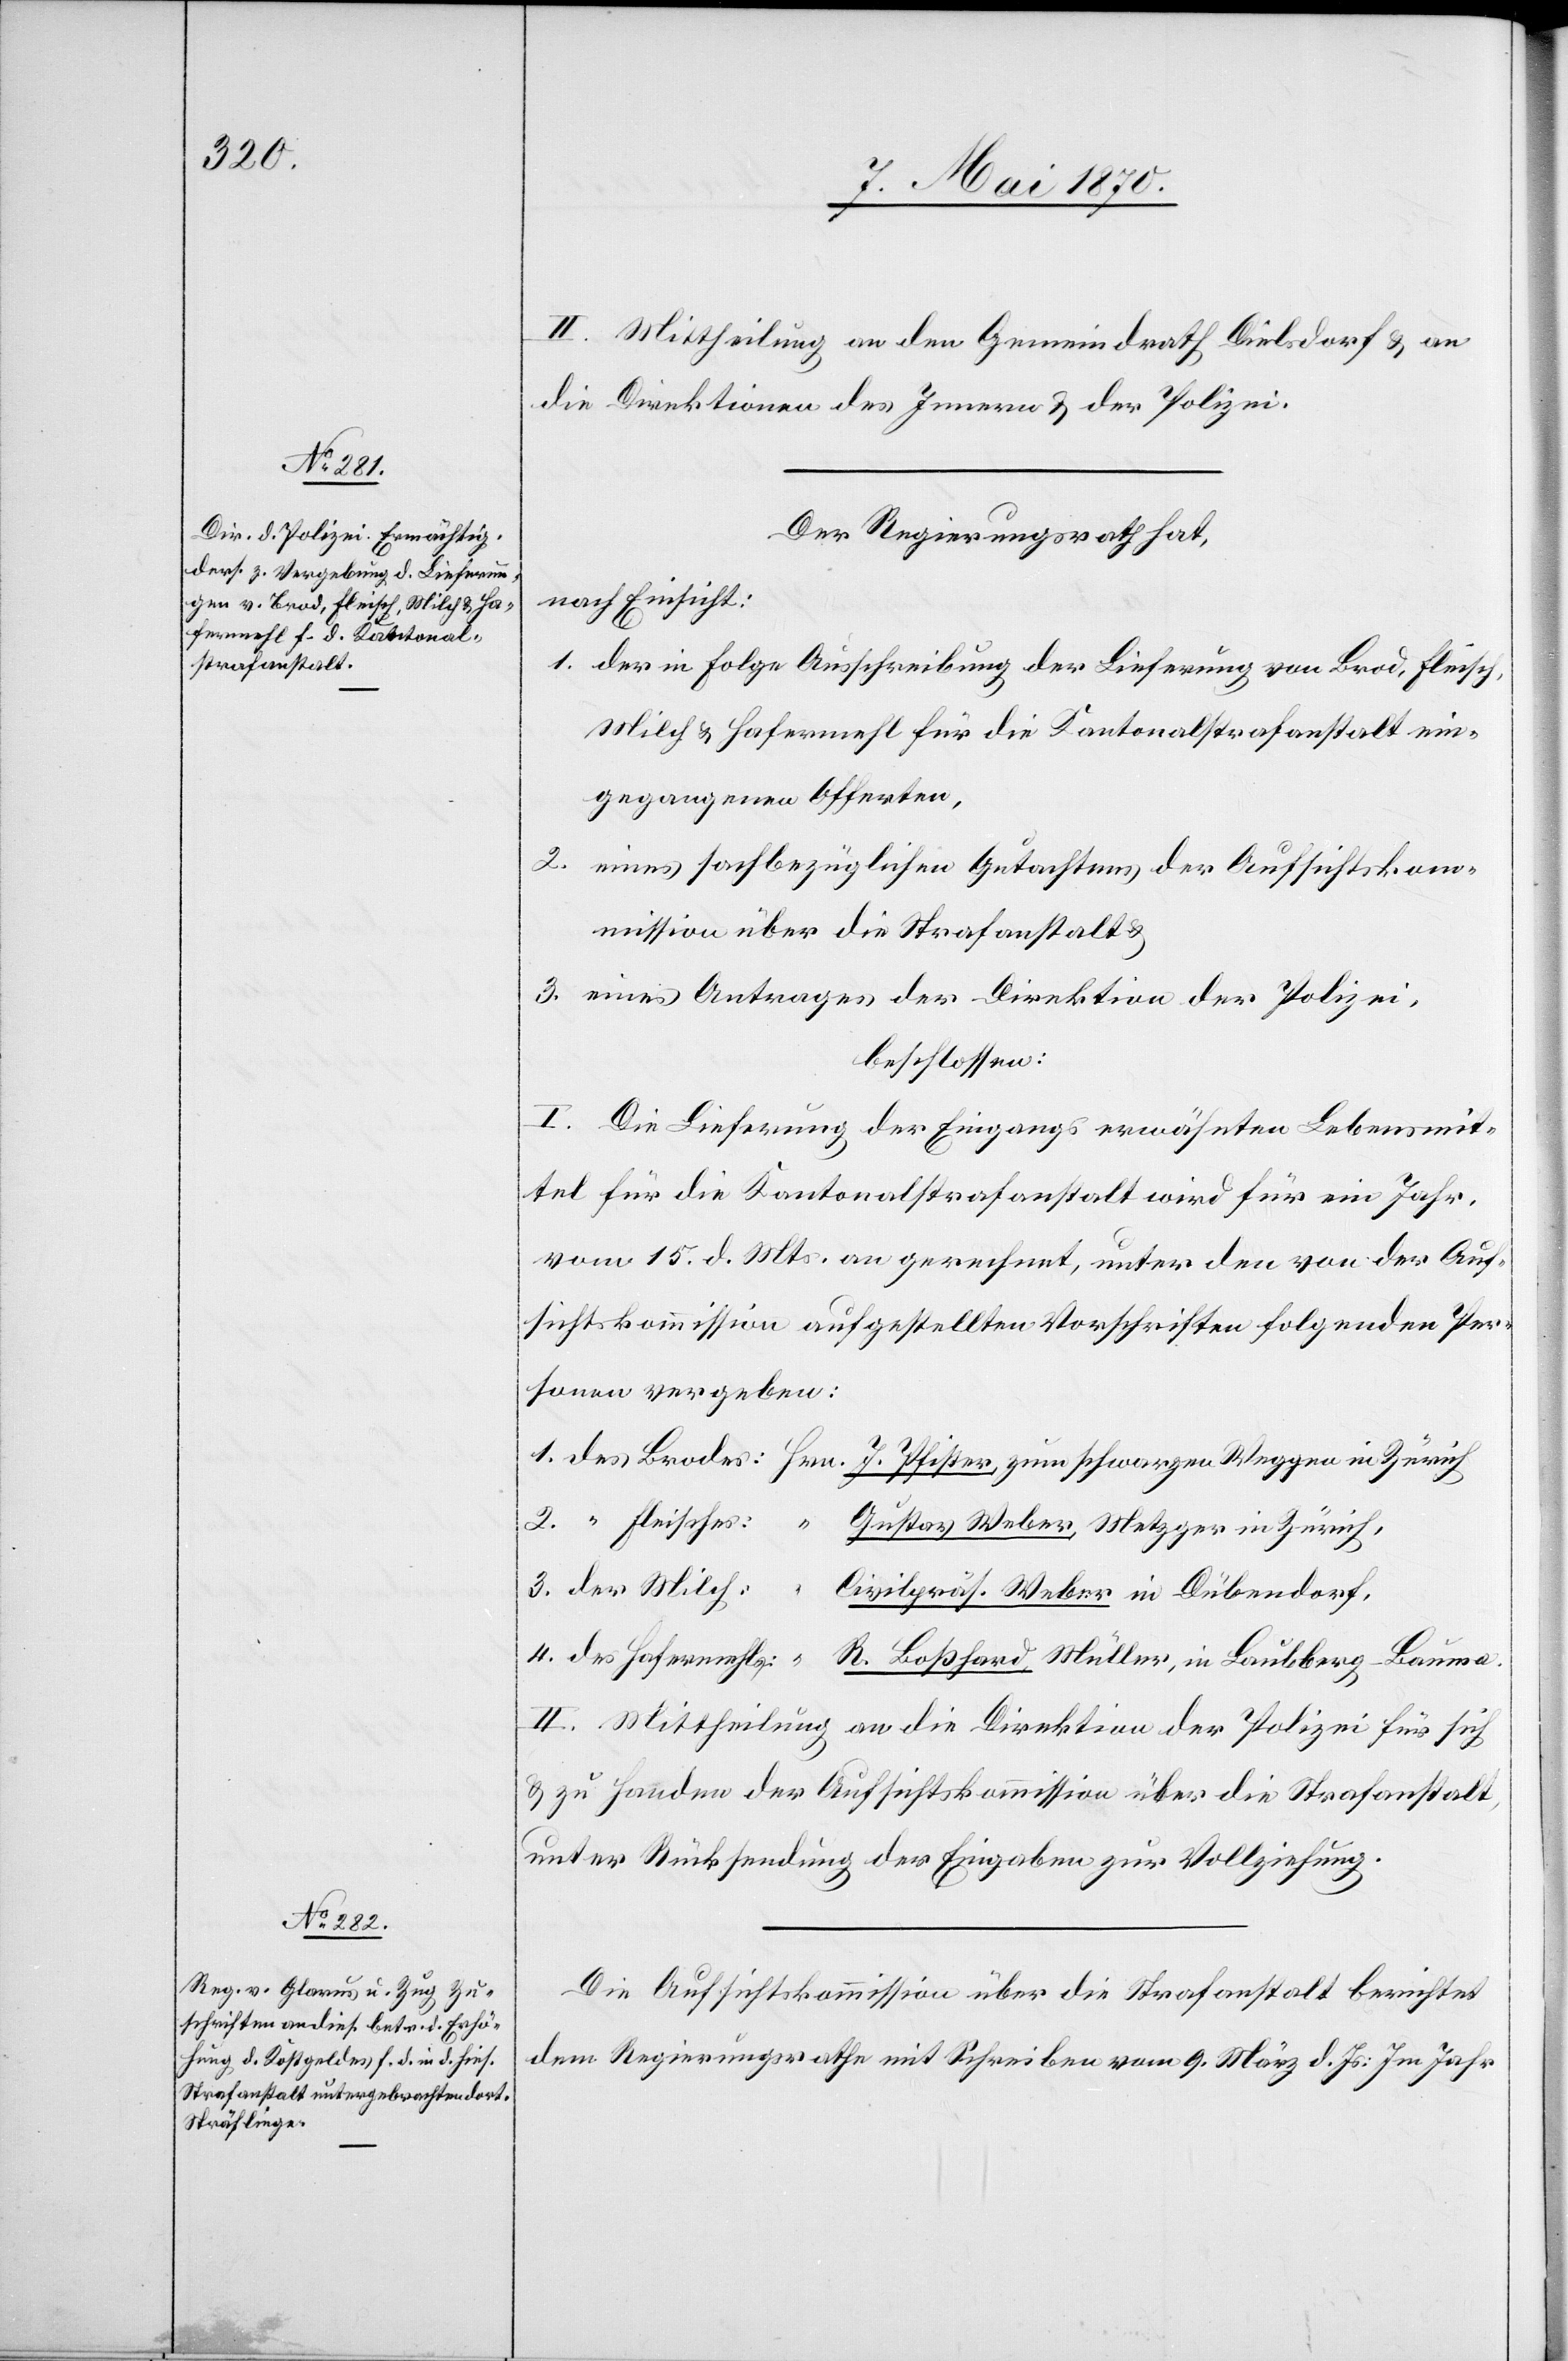
II. Mittheilung an den Gemeindrath Dielsdorf & an
die Direktionen des Innern & der Polizei.
Der Regierungsrath hat,
nach Einsicht:
1. der in Folge Ausschreibung der Lieferung von Brod, Fleisch,
Milch & Hafermehl für die Kantonalstrafanstalt ein¬
gegangenen Offerten,
2. eines sachbezüglichen Gutachtens der Aufsichtsko¬
mmission über die Strafanstalt &
3. eines Antrages der Direktion der Polizei,
beschlossen:
I. Die Lieferung der Eingangs erwähnten Lebensmit¬
tel für die Kantonalstrafanstalt wird für ein Jahr
vom 15. d. Mts. an gerechnet, unter den von der Auf¬
sichtskommission aufgestellten Vorschriften folgenden Per¬
sonen vergeben:
1. des Brodes: Hrn. J. Pfister zum schwarzen Weggen in Zürich
2. “ Fleisches: “ Gustav Weber, Metzger in Zürich,
3. der Milch: “ Civilpräs. Weber in Dübendorf,
4. des Hafermehls: “ R. Boßhard, Müller, in Laubberg - Bauma.
II. Mittheilung an die Direktion der Polizei für sich
& zu Handen der Aufsichtskommission über die Strafanstalt,
unter Rücksendung der Eingaben zur Vollziehung.
Die Aufsichtskommission über die Strafanstalt berichtet
dem Regierungsrathe mit Schreiben vom 9. März d. Js.: Im Jahr